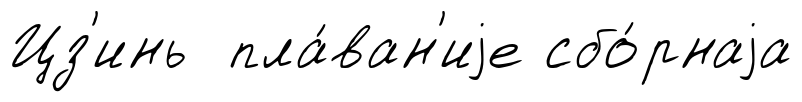
Цз'инь пла́ван'иjе сбо́рнаjа